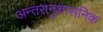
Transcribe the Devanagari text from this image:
अन्तरानुशासनिक